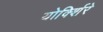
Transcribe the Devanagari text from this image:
योर्क्शिरे